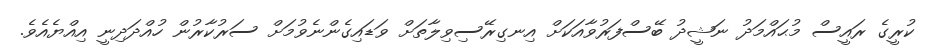
ކުރީގެ ރައީސް މުޙައްމަދު ނަޝީދު ބޭސްފަރުވާއަކަށް އިނގިރޭސިވިލާތަށް ވަޑައިގެންނެވުމަށް ސަރުކާރުން ހުއްދަދިނީ އިއްޔެއެވެ.